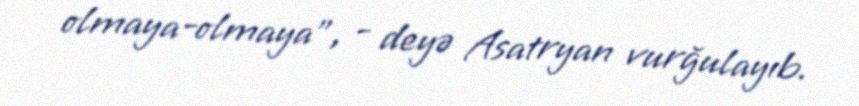
olmaya-olmaya", - deyə Asatryan vurğulayıb.